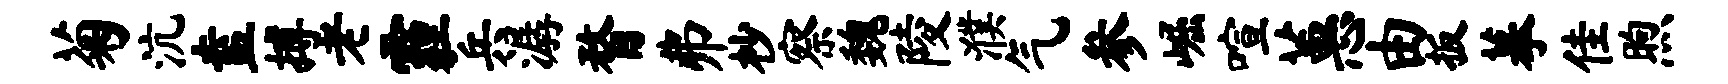
菊沆盍搏老霾兵潺瞀弗杪察魏陵濮气参崛喧蕙由扳摹佳煦